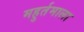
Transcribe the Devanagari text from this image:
महुर्तमाला